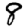
Digit: 8